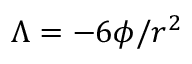
\Lambda = - 6 \phi / r ^ { 2 }